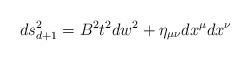
LaTeX: \begin{align*}ds_{d+1}^2= B^2 t^2 dw^2 + \eta_{\mu\nu}dx^\mu dx^\nu\end{align*}